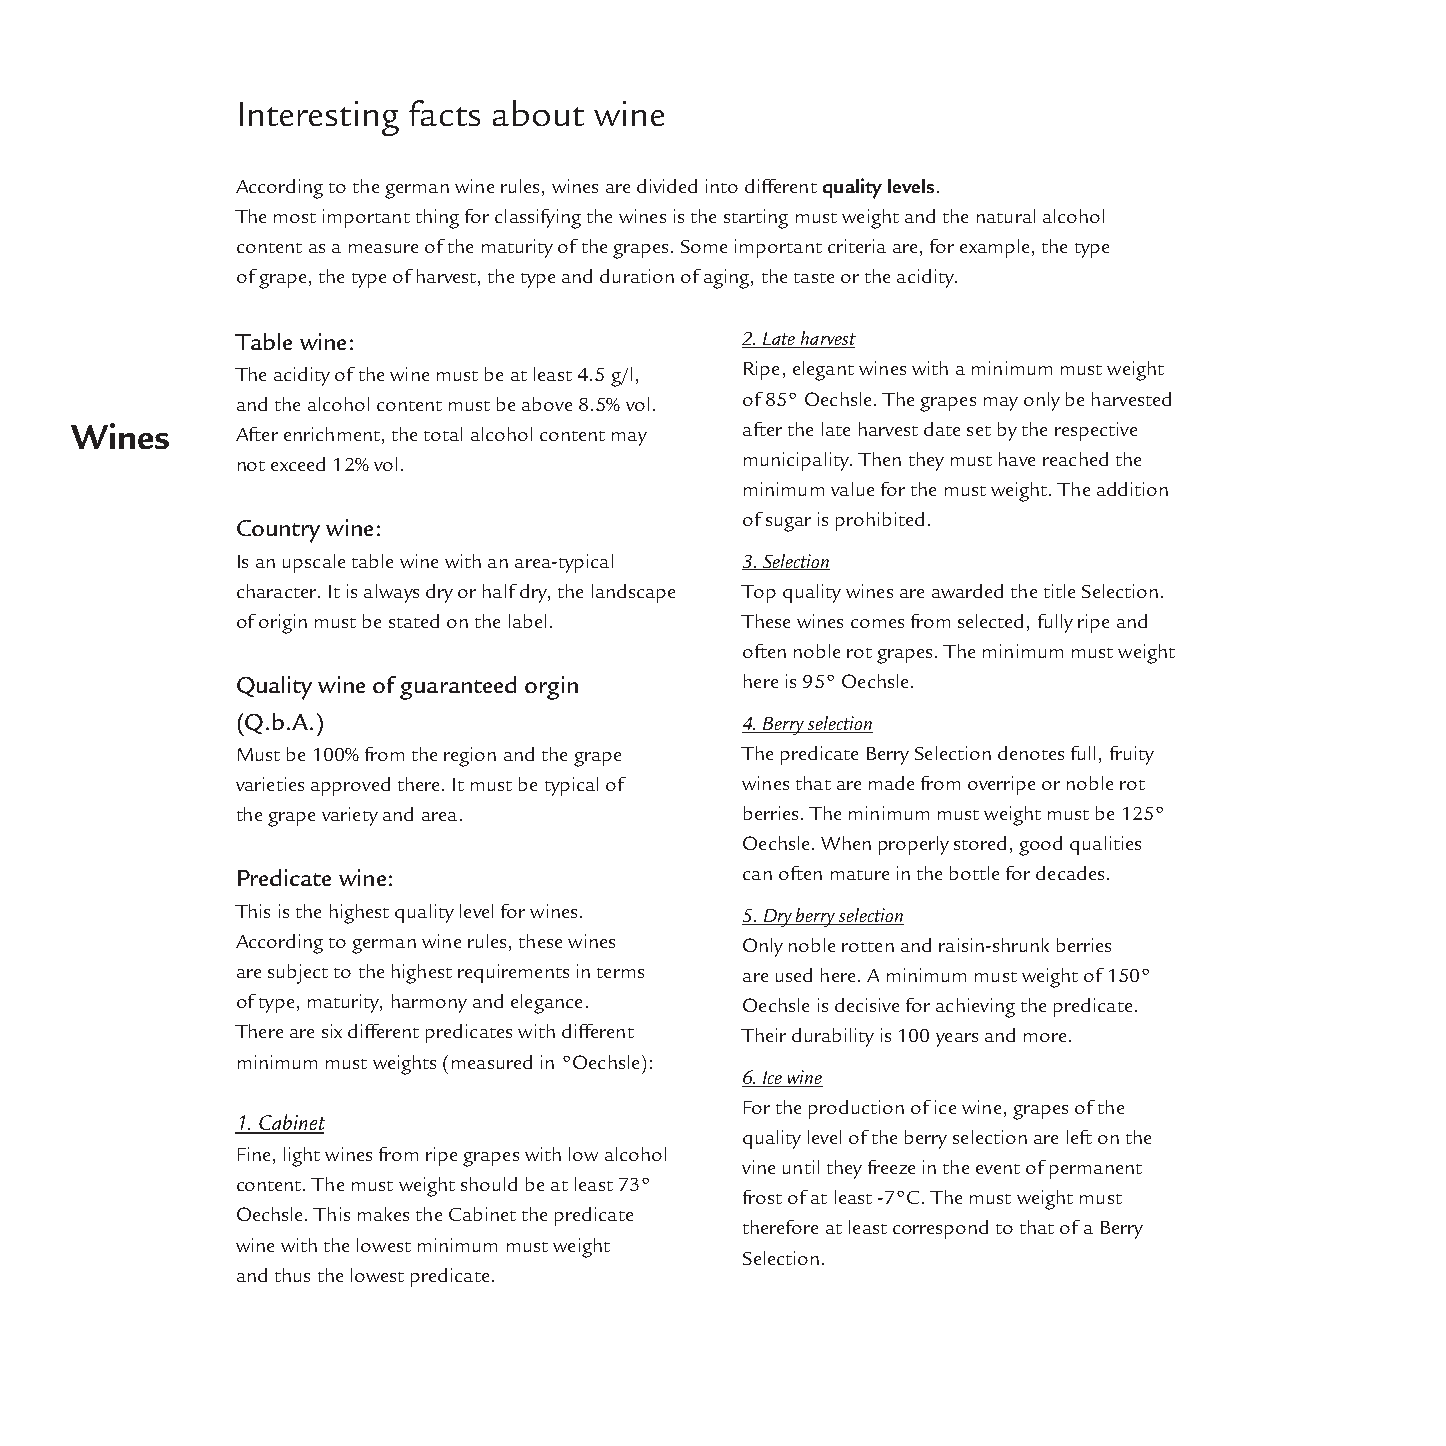
Interesting facts about wine
 According to the german wine rules, wines are divided into differentquality levels.
 The most important thing for classifying the wines is the starting must weight and the natural alcohol
 content as a measure of the maturity of the grapes. Some important criteria are, for example, the type
 of grape, the type of harvest, the type and duration of aging, the taste or the acidity.
 Table wine:                      2. Late harvest
 The acidity of the wine must be at least 4.5 g/l, Ripe, elegant wines with a minimum must weight
 and the alcohol content must be above 8.5% vol. of 85° Oechsle. The grapes may only be harvested
 Wines      After enrichment, the total alcohol content may after the late harvest date set by the respective
 not exceed 12% vol.              municipality. Then they must have reached the
 minimum value for the must weight. The addition
 of sugar is prohibited.
 Country wine:
 Is an upscale table wine with an area-typical 3. Selection
 character. It is always dry or half dry, the landscape Top quality wines are awarded the title Selection.
 of origin must be stated on the label. These wines comes from selected, fully ripe and
 often noble rot grapes. The minimum must weight
 Quality wine of guaranteed orgin here is 95° Oechsle.
 (Q.b.A.)                         4. Berry selection
 Must be 100% from the region and the grape The predicate Berry Selection denotes full, fruity
 varieties approved there. It must be typical of wines that are made from overripe or noble rot
 the grape variety and area.      berries. The minimum must weight must be 125°
 Oechsle. When properly stored, good qualities
 Predicate wine:                  can often mature in the bottle for decades.
 This is the highest quality level for wines. 5. Dry berry selection
 According to german wine rules, these wines Only noble rotten and raisin-shrunk berries
 are subject to the highest requirements in terms are used here. A minimum must weight of 150°
 of type, maturity, harmony and elegance. Oechsle is decisive for achieving the predicate.
 There are six different predicates with different Their durability is 100 years and more.
 minimum must weights (measured in °Oechsle):
 6. Ice wine
 For the production of ice wine, grapes of the
 1. Cabinet
 quality level of the berry selection are left on the
 Fine, light wines from ripe grapes with low alcohol
 vine until they freeze in the event of permanent
 content. The must weight should be at least 73°
 frost of at least -7°C. The must weight must
 Oechsle. This makes the Cabinet the predicate
 therefore at least correspond to that of a Berry
 wine with the lowest minimum must weight
 Selection.
 and thus the lowest predicate.